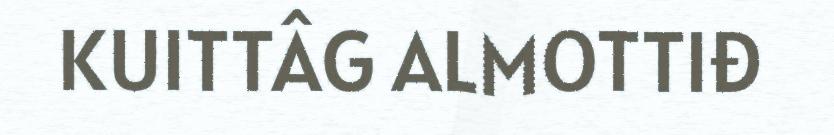
KUITTÂG ALMOTTIĐ